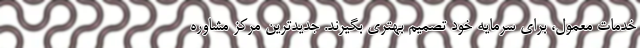
خدمات معمول، برای سرمایه خود تصمیم بهتری بگیرند. جدیدترین مرکز مشاوره